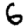
Digit: 6